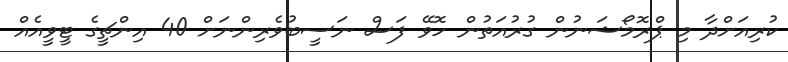
ކުރިއަށްދާ މި ޕްރޮމޯޝަނުން ގުރުއަތުން ހޮވޭ ފަސް ނަސީބުވެރިންނަށް 40 އިންޗީގެ ޓީވީއެއް